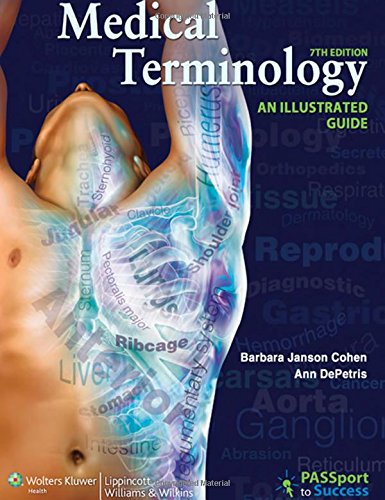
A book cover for Medical Terminology: An Illustrated Guide; Barbara Janson Cohen BA  MEd; Medical Books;